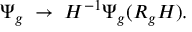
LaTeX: \Psi _ { g } \; \rightarrow \; H ^ { - 1 } \Psi _ { g } ( R _ { g } H ) .